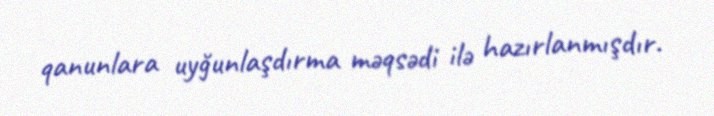
qanunlara uyğunlaşdırma məqsədi ilə hazırlanmışdır.